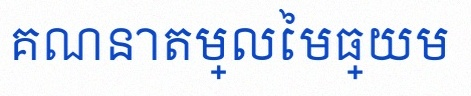
គណនាតម្លៃមធ្យម